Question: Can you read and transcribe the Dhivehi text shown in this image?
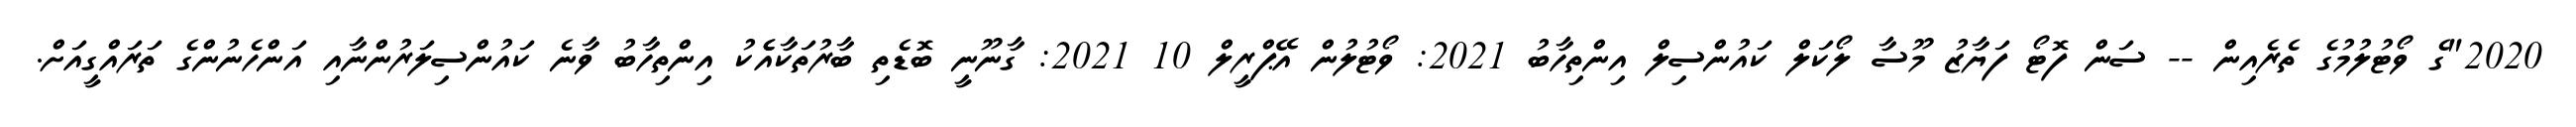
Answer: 2020"ގެ ވޯޓުލުމުގެ ތެރެއިން -- ސަން ފޮޓޯ ފަޔާޒު މޫސާ ލޯކަލް ކައުންސިލް އިންތިހާބު 2021: ވޯޓުލުން އޭޕްރީލް 10 2021: ގާނޫނީ ބޮޑެތި ބާރުތަކާއެެކު އިންތިހާބު ވާނެ ކައުންސިލަރުންނާއި އަންހެނުންގެ ތަރައްގީއަށް.